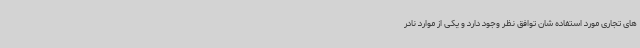
های تجاری مورد استفاده شان توافق نظر وجود دارد و یکی از موارد نادر